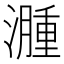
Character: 𬉎